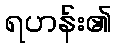
ရဟန်း၏